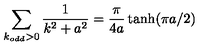
\sum _ { k _ { o d d } > 0 } \frac { 1 } { k ^ { 2 } + a ^ { 2 } } = \frac { \pi } { 4 a } \tanh ( \pi a / 2 )